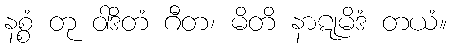
နစ္စံ တု ဝါဒိတံ ဂီတ၊ မိတိ နာဋုမိဒံ တယံ။